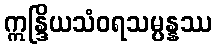
ဣန္ဒြိယသံဝရသမ္ပန္နဿ